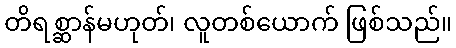
တိရစ္ဆာန်မဟုတ်၊ လူတစ်ယောက် ဖြစ်သည်။